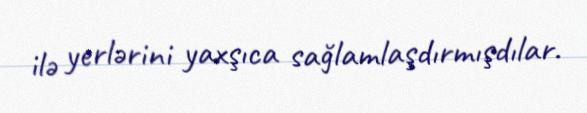
ilə yerlərini yaxşıca sağlamlaşdırmışdılar.